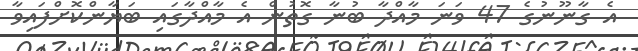
އެ ގާނޫނުގެ 47 ވަނަ މާއްދާ ބުނާ ގޮތުން އެ މާއްދާގައި ބަޔާންކޮށްފައިވާ